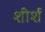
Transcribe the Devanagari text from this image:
शीर्श